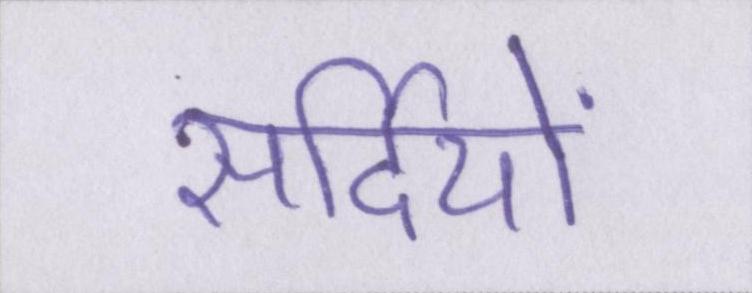
सर्दियों